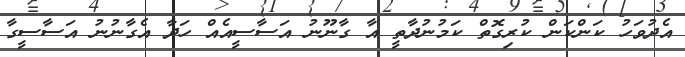
އެދުވަހު ކަންކަން ކުރިގޮތް ކަމުނުދާތީ އާ ގާނޫނު އަސާސީއެއް ހަދާ އެގާނުނު އަސާސީގާ